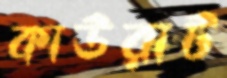
কাউরাট